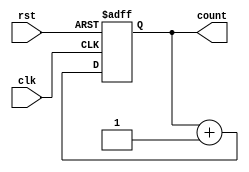
module async_reset_sync_counter #(
    parameter N = 4 // Number of bits for the counter
)(
    input wire clk,     // Clock signal
    input wire rst,     // Asynchronous reset signal
    output reg [N-1:0] count // N-bit output for the counter
);

// Asynchronous reset logic
always @(posedge clk or posedge rst) begin
    if (rst) begin
        // Reset the counter to zero when the reset signal is asserted
        count <= 0;
    end else begin
        // Increment the counter on the rising edge of the clock
        count <= count + 1;
    end
end

endmodule